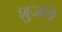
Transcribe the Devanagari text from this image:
शुजयि